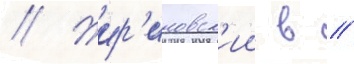
// Жир'иновск'ии в //